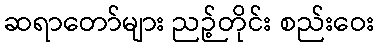
ဆရာတော်များ ညဉ့်တိုင်း စည်းဝေး